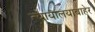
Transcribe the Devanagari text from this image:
न्यायालयाबाहेर